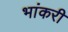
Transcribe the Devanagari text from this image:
भांकरी